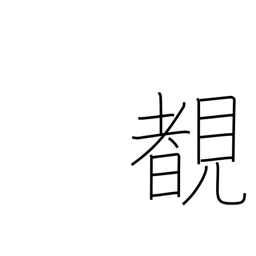
Meaning: see